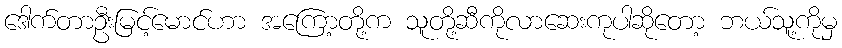
ဒေါက်တာဦးမြင့်မောင်ဟာ အကြော့တို့က သူတို့ဆီကိုလာဆေးကုပါဆိုတော့ ဘယ်သူ့ကိုမှ